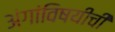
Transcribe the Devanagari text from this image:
अंगांविषयीची